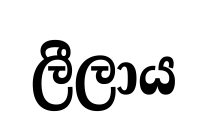
ලීලාය